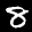
Label: 8